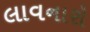
લાવનારો